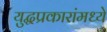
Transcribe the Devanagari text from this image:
युद्धप्रकारांमध्ये